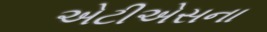
એટીએસના